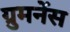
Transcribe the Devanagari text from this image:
ग्रुमनेंस